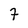
Character: 7